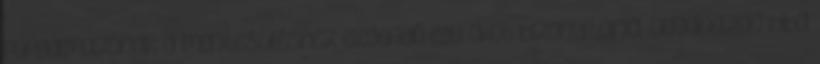
forgalmazónak a mentesüléshez elegendő egy okot bizonyítania. Ugyanazon hiba